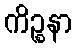
ကိဉ္စနာ